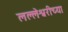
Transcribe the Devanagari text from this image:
लल्लेश्वरीच्या